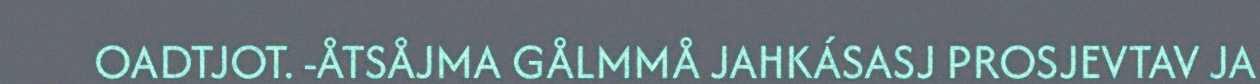
OADTJOT. -ÅTSÅJMA GÅLMMÅ JAHKÁSASJ PROSJEVTAV JA